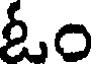
ఓం